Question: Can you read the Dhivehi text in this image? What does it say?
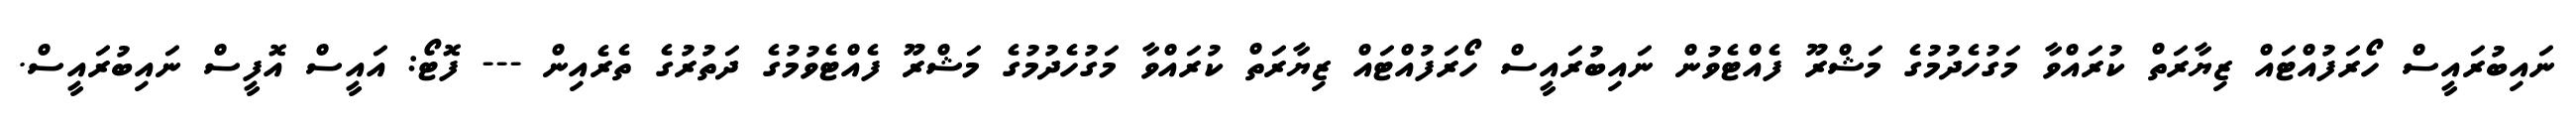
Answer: ނައިބުރައީސް ހޯރަފުއްޓައް ޒިޔާރަތް ކުރައްވާ މަގުހެދުމުގެ މަޝްރޫ ފެއްޓެވުން ނައިބުރައީސް ހޯރަފުއްޓައް ޒިޔާރަތް ކުރައްވާ މަގުހެދުމުގެ މަޝްރޫ ފެއްޓެވުމުގެ ދަތުރުގެ ތެރެއިން --- ފޮޓޯ: އައީސް އޮފީސް ނައިބުރައީސް.